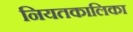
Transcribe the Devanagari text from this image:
नियतकालिका